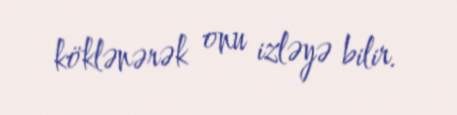
köklənərək onu izləyə bilir.